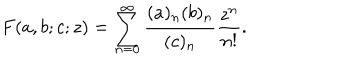
LaTeX: F ( a , b ; c ; z ) = \sum _ { n = 0 } ^ { \infty } { \frac { ( a ) _ { n } ( b ) _ { n } } { ( c ) _ { n } } } { \frac { z ^ { n } } { n ! } } .